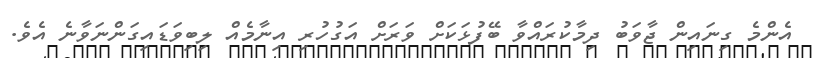
އެންމެ ގިނައިން ޖާވަބު ދިމާކުރައްވާ ބޭފުޅަކަށް ވަރަށް އަގުހުރި އިނާމެއް ލިބިވަޑައިގަންނަވާނެ އެވެ.